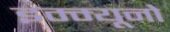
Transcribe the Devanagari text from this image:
इम्म्यूनो